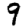
Digit: 9